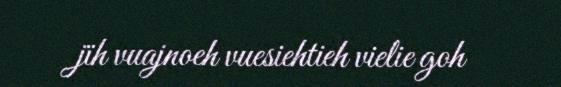
jïh vuajnoeh vuesiehtieh vielie goh